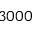
3 0 0 0